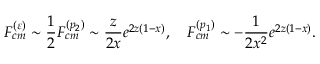
F _ { c m } ^ { ( \varepsilon ) } \sim \frac { 1 } { 2 } F _ { c m } ^ { ( p _ { 2 } ) } \sim \frac { z } { 2 x } e ^ { 2 z ( 1 - x ) } , \quad F _ { c m } ^ { ( p _ { 1 } ) } \sim - \frac { 1 } { 2 x ^ { 2 } } e ^ { 2 z ( 1 - x ) } .